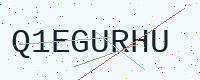
Text: Q1EGURHU